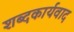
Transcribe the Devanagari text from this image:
शब्दकार्यवाद